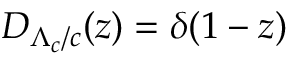
D _ { \Lambda _ { c } / c } ( z ) = \delta ( 1 - z )